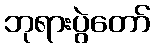
ဘုရားပွဲတော်